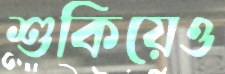
শুকিয়েও